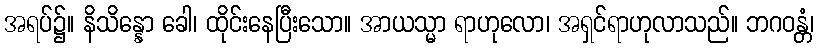
အရပ်၌။ နိသိန္နော ခေါ၊ ထိုင်းနေပြီးသော။ အာယသ္မာ ရာဟုလော၊ အရှင်ရာဟုလာသည်။ ဘဂဝန္တံ၊